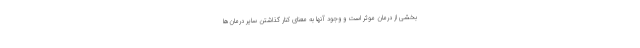
بخشی از درمان موثر است و وجود آنها به معنای کنار گذاشتن سایر درمان‌ها